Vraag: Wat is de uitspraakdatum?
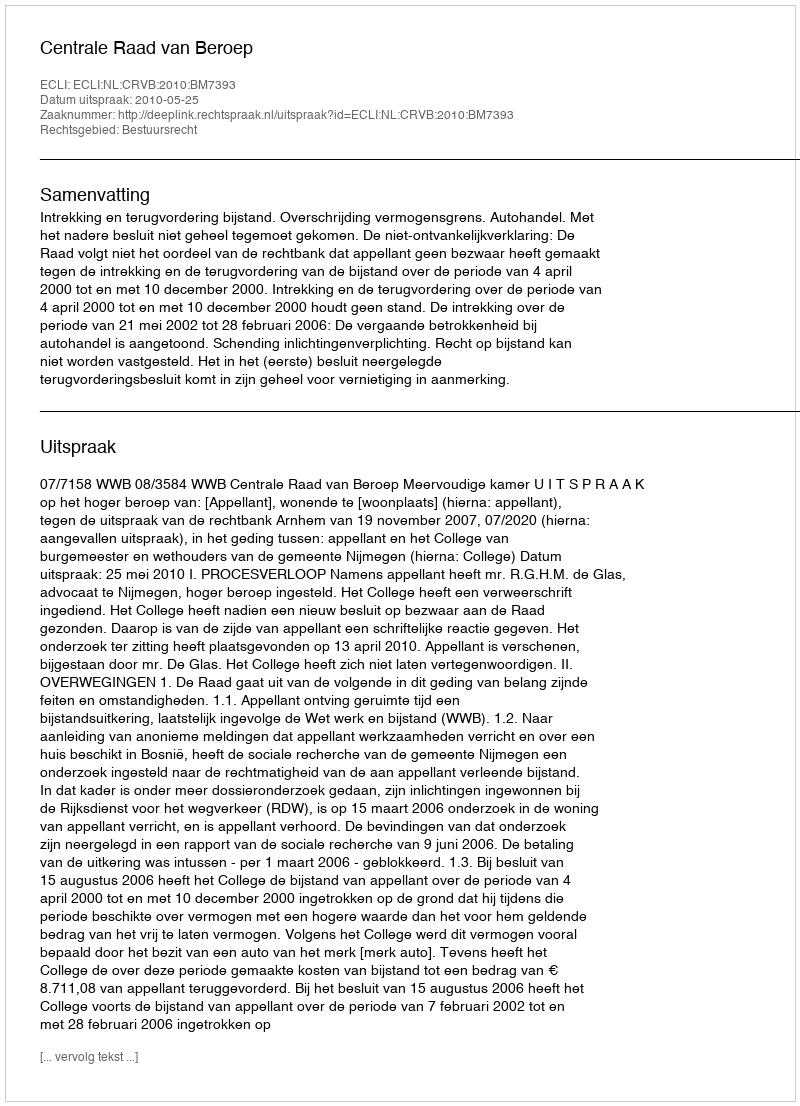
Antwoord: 2010-05-25